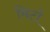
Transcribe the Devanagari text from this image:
मिर्टा